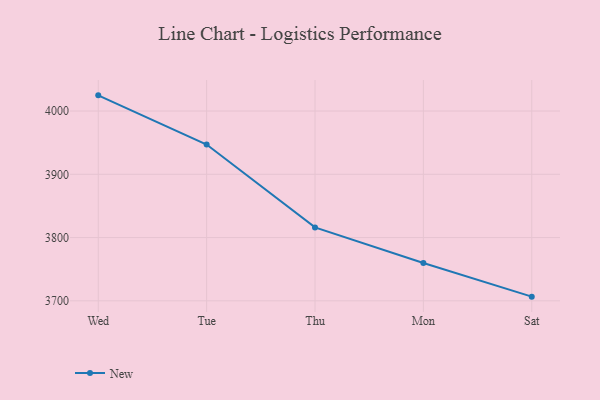
{"axis": {"x": "Day", "y": "Waste Production (Tons)"}, "legend": ["New"], "data": [{"x": "Wed", "y": 4024.8, "type": "New"}, {"x": "Tue", "y": 3947.1, "type": "New"}, {"x": "Thu", "y": 3816.1, "type": "New"}, {"x": "Mon", "y": 3759.9, "type": "New"}, {"x": "Sat", "y": 3706.6, "type": "New"}]}